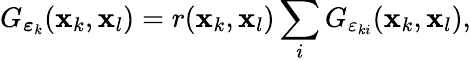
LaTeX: G_{\boldsymbol{\varepsilon}_{k}}(\mathbf{x}_{k},\mathbf{x}_{l})=r(\mathbf{x}_{k},\mathbf{x}_{l})\sum_{i}G_{{\varepsilon}_{ki}}(\mathbf{x}_{k},\mathbf{x}_{l}),